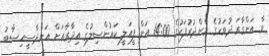
ވާ އަންގާރަ ދުވަހުގެ މެންދުރުފަހުގެ 14:00 އަށް ފީއަލީ ކައުންސިލުގެ އިދާރާއަށް އަންދާސީހިސާބު